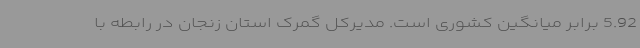
5.92 برابر میانگین کشوری است. مدیرکل گمرک استان زنجان در رابطه با